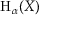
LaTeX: \mathrm { H } _ { \alpha } ( X )